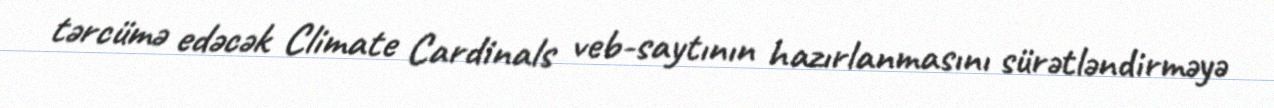
tərcümə edəcək Climate Cardinals veb-saytının hazırlanmasını sürətləndirməyə